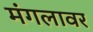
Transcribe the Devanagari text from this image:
मंगलावर